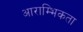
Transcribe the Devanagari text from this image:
आराम्भिकता